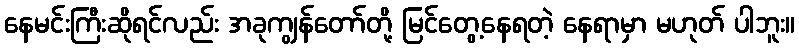
နေမင်းကြီးဆိုရင်လည်း အခုကျွန်တော်တို့ မြင်တွေ့နေရတဲ့ နေရာမှာ မဟုတ် ပါဘူး။